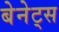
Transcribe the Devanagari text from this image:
बेनेट्स